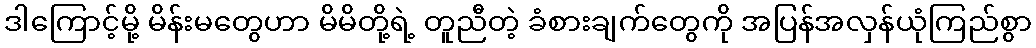
ဒါကြောင့်မို့ မိန်းမတွေဟာ မိမိတို့ရဲ့ တူညီတဲ့ ခံစားချက်တွေကို အပြန်အလှန်ယုံကြည်စွာ